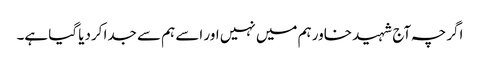
اگرچہ آج شہید خاور ہم میں نہیں اور اسے ہم سے جدا کردیا گیا ہے۔